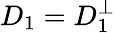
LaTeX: D_{1}=D_{1}^{\bot}